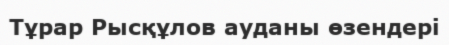
Тұрар Рысқұлов ауданы өзендері